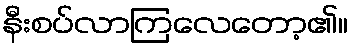
နီးစပ်လာကြလေတော့၏။